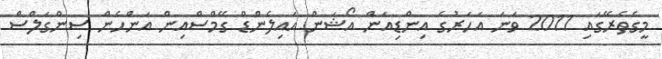
މީގެތެރޭގައި 2011 ވަނަ އަހަރުގެ އިންޑިއަން އޯޝަން އައިލެންޑް ގޭމްސްއިން އަންހެން ސިންގަލްސް